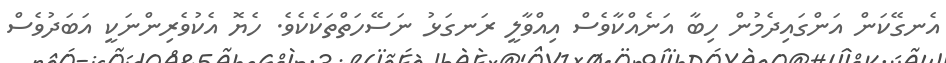
އެނގޭކަން އަންގައިދެމުން ހިބާ އަނެއްކާވެސް އިއްވާލީ ރަނގަޅު ނަސޭހަތްތަކެކެވެ. ހެޔޮ އެކުވެރިންނަކީ އަބަދުވެސް